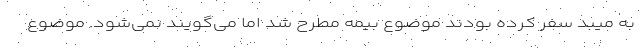
به میبد سفر کرده بودند موضوع بیمه مطرح شد اما می‌گویند نمی‌شود. موضوع